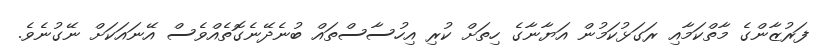
ފަރުޒާންގެ މާތްކަމާއި ރަގަޅުކަމުން އަޔާނާގެ ހިތަށް ކުރި އިހުސާސްތައް ބުނެދޭނެގޮތެއްވެސް އޭނައަކަށް ނޭގުނެވެ.